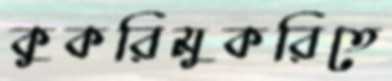
কুকরিমুকরিতে